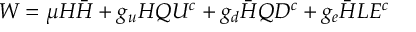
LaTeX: W = \mu H \bar { H } + g _ { u } H Q U ^ { c } + g _ { d } \bar { H } Q D ^ { c } + g _ { e } \bar { H } L E ^ { c }